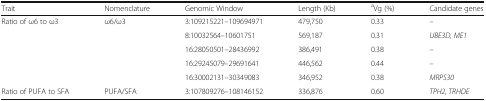
| Trait | Nomenclature | Genomic Window | Length (Kb) | aVg (%) | Candidate genes |
 | --- | --- | --- | --- | --- | --- |
 | Ratio of ω6 to ω3 | ω6/ω3 | 3:109215221–109694971 | 479,750 | 0.33 | – |
 |  |  | 8:10032564–10601751 | 569,187 | 0.31 | UBE3D, ME1 |
 |  |  | 16:28050501–28436992 | 386,491 | 0.38 | – |
 |  |  | 16:29245079–29691641 | 446,562 | 0.44 | – |
 |  |  | 16:30002131–30349083 | 346,952 | 0.38 | MRPS30 |
 | Ratio of PUFA to SFA | PUFA/SFA | 3:107809276–108146152 | 336,876 | 0.60 | TPH2, TRHDE |